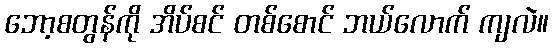
ဘော့စတွန်ကို အိပ်စင် တစ်စောင် ဘယ်လောက် ကျလဲ။